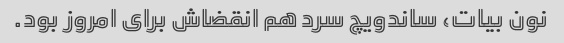
نون بیات، ساندویچ سرد هم انقضاش برای امروز بود.